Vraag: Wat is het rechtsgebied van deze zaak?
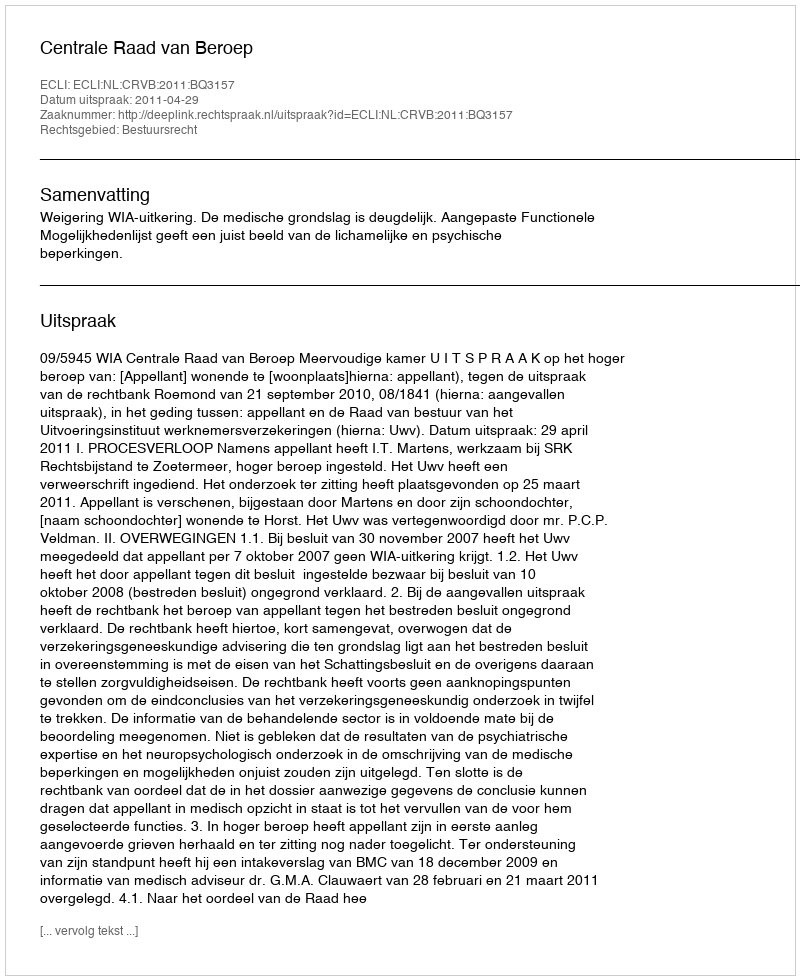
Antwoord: Bestuursrecht